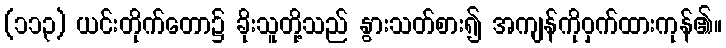
(၁၁၃) ယင်းတိုက်တော၌ ခိုးသူတို့သည် နွားသတ်စား၍ အကျန်ကိုဝှက်ထားကုန်၏။